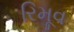
રિમૂવ